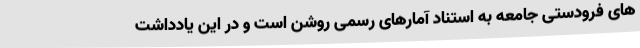
های فرودستی جامعه به استناد آمارهای رسمی روشن است و در این یادداشت